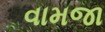
વામજા